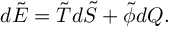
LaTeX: d \tilde { E } = \tilde { T } d \tilde { S } + \tilde { \phi } d Q .